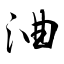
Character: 浀